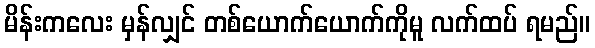
မိန်းကလေး မှန်လျှင် တစ်ယောက်ယောက်ကိုမူ လက်ထပ် ရမည်။